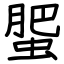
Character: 蜰